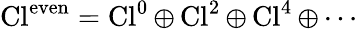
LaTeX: \operatorname{Cl}^{\mathrm{even}}=\operatorname{Cl}^{0}\oplus\operatorname{Cl}^{2}\oplus\operatorname{Cl}^{4}\oplus\cdots